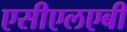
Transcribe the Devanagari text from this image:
एसीएलएबी